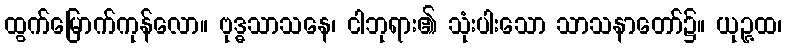
ထွက်မြောက်ကုန်လော။ ဗုဒ္ဓသာသနေ၊ ငါဘုရား၏ သုံးပါးသော သာသနာတော်၌။ ယုဉ္ဇထ၊